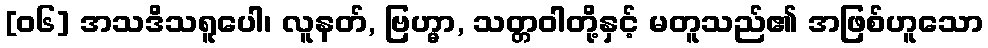
[၀၆] အသဒိသရူပေါ၊ လူနတ်, ဗြဟ္မာ, သတ္တဝါတို့နှင့် မတူသည်၏ အဖြစ်ဟူသော